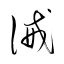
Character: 誡